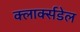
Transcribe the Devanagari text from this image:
क्लार्क्सडेल